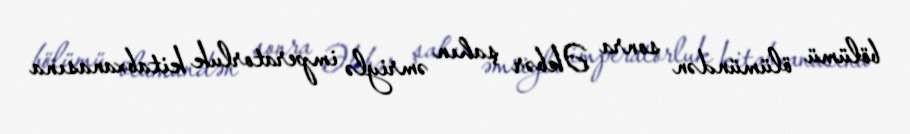
bölümü ölümündən sonra Əkbər şahın əmriylə imperatorluk kitabxanasına